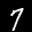
Label: 7